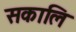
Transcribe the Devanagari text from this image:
सकालि